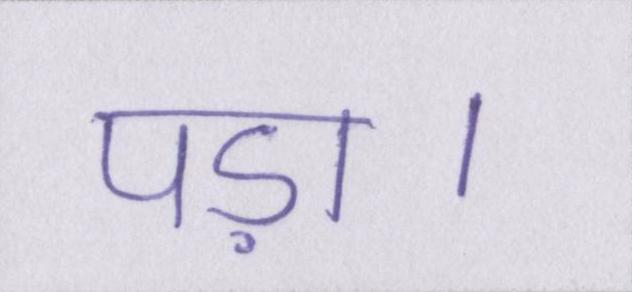
पड़ा।